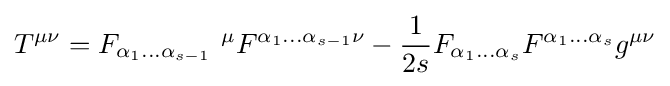
T^{\mu \nu }=F_{\alpha _{1}...\alpha _{s-1}}~^{\mu }F^{\alpha _{1}...\alpha _{s-1}\nu }-{\frac {1}{2s}}F_{\alpha _{1}...\alpha _{s}}F^{\alpha _{1}...\alpha _{s}}g^{\mu \nu }